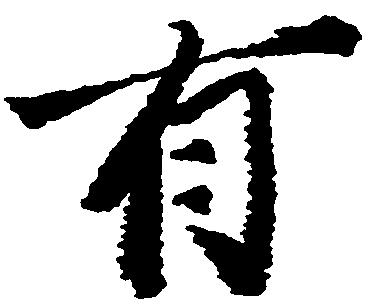
有